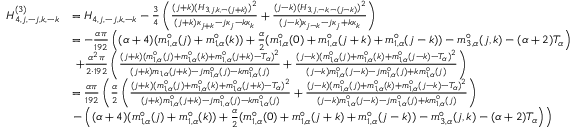
\begin{array} { r l } { H _ { 4 , j , - j , k , - k } ^ { ( 3 ) } } & { = H _ { 4 , j , - j , k , - k } - \frac { 3 } { 4 } \left( \frac { ( j + k ) ( H _ { 3 , j , k , - ( j + k ) } ) ^ { 2 } } { ( j + k ) \kappa _ { j + k } - j \kappa _ { j } - k \kappa _ { k } } + \frac { ( j - k ) ( H _ { 3 , j , - k , - ( j - k ) } ) ^ { 2 } } { ( j - k ) \kappa _ { j - k } - j \kappa _ { j } + k \kappa _ { k } } \right) } \\ & { = - \frac { \alpha \pi } { 1 9 2 } \left( ( { \alpha + 4 } ) ( m _ { 1 , \alpha } ^ { \circ } ( j ) + m _ { 1 , \alpha } ^ { \circ } ( k ) ) + \frac { \alpha } { 2 } ( m _ { 1 , \alpha } ^ { \circ } ( 0 ) + m _ { 1 , \alpha } ^ { \circ } ( j + k ) + m _ { 1 , \alpha } ^ { \circ } ( j - k ) ) - m _ { 3 , \alpha } ^ { \circ } ( j , k ) - ( \alpha + 2 ) T _ { \alpha } \right) } \\ & { \ + \frac { \alpha ^ { 2 } \pi } { 2 \cdot 1 9 2 } \left( \frac { ( j + k ) ( m _ { 1 , \alpha } ^ { \circ } ( j ) + m _ { 1 , \alpha } ^ { \circ } ( k ) + m _ { 1 , \alpha } ^ { \circ } ( j + k ) - T _ { \alpha } ) ^ { 2 } } { ( j + k ) m _ { 1 , \alpha } ( j + k ) - j m _ { 1 , \alpha } ^ { \circ } ( j ) - k m _ { 1 , \alpha } ^ { \circ } ( j ) } + \frac { ( j - k ) ( m _ { 1 , \alpha } ^ { \circ } ( j ) + m _ { 1 , \alpha } ^ { \circ } ( k ) + m _ { 1 , \alpha } ^ { \circ } ( j - k ) - T _ { \alpha } ) ^ { 2 } } { ( j - k ) m _ { 1 , \alpha } ^ { \circ } ( j - k ) - j m _ { 1 , \alpha } ^ { \circ } ( j ) + k m _ { 1 , \alpha } ^ { \circ } ( j ) } \right) } \\ & { = \frac { \alpha \pi } { 1 9 2 } \left( \frac { \alpha } { 2 } \left( \frac { ( j + k ) ( m _ { 1 , \alpha } ^ { \circ } ( j ) + m _ { 1 , \alpha } ^ { \circ } ( k ) + m _ { 1 , \alpha } ^ { \circ } ( j + k ) - T _ { \alpha } ) ^ { 2 } } { ( j + k ) m _ { 1 , \alpha } ^ { \circ } ( j + k ) - j m _ { 1 , \alpha } ^ { \circ } ( j ) - k m _ { 1 , \alpha } ^ { \circ } ( j ) } + \frac { ( j - k ) ( m _ { 1 , \alpha } ^ { \circ } ( j ) + m _ { 1 , \alpha } ^ { \circ } ( k ) + m _ { 1 , \alpha } ^ { \circ } ( j - k ) - T _ { \alpha } ) ^ { 2 } } { ( j - k ) m _ { 1 , \alpha } ^ { \circ } ( j - k ) - j m _ { 1 , \alpha } ^ { \circ } ( j ) + k m _ { 1 , \alpha } ^ { \circ } ( j ) } \right) \right. } \\ & { \left. - \left( ( { \alpha + 4 } ) ( m _ { 1 , \alpha } ^ { \circ } ( j ) + m _ { 1 , \alpha } ^ { \circ } ( k ) ) + \frac { \alpha } { 2 } ( m _ { 1 , \alpha } ^ { \circ } ( 0 ) + m _ { 1 , \alpha } ^ { \circ } ( j + k ) + m _ { 1 , \alpha } ^ { \circ } ( j - k ) ) - m _ { 3 , \alpha } ^ { \circ } ( j , k ) - ( \alpha + 2 ) T _ { \alpha } \right) \right) } \end{array}